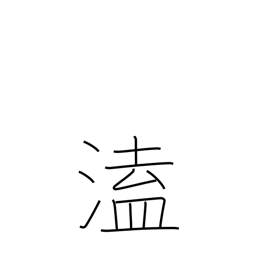
Meaning: unexpected